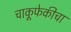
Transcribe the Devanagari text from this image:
चाकूफेकीचा